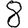
Digit: 8